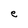
Character: e